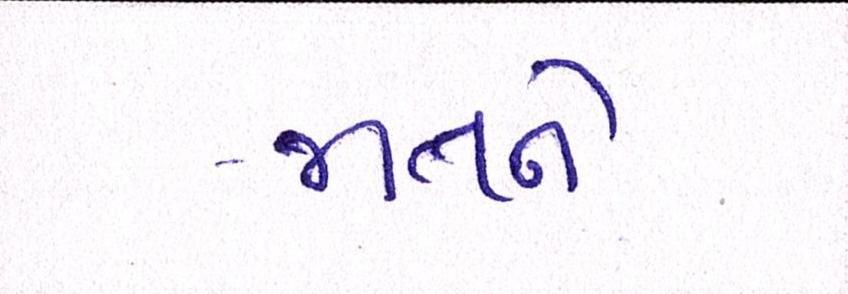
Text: જાતને